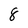
Character: 8